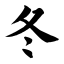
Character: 冬